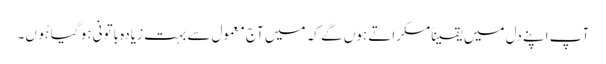
آپ اپنے دل میں یقیناًمسکراتے ہوں گے کہ میں آج معمول سے بہت زیادہ باتونی ہو گیا ہُوں۔